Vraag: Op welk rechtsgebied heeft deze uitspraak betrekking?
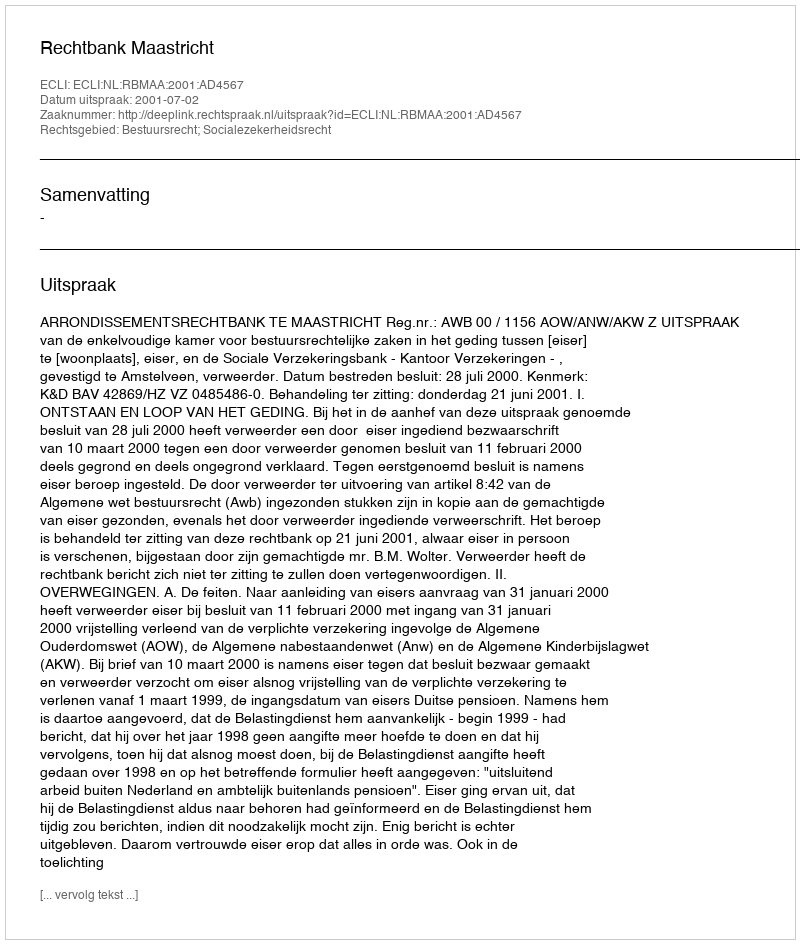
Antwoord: Bestuursrecht; Socialezekerheidsrecht